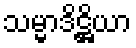
သမ္မာဒိဋ္ဌိယာ